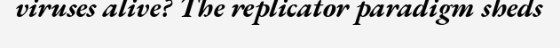
viruses alive? The replicator paradigm sheds